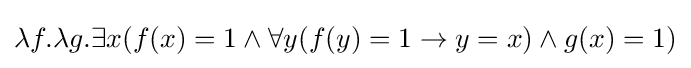
\lambda f.\lambda g.\exists x(f(x)=1\land \forall y(f(y)=1\rightarrow y=x)\land g(x)=1)